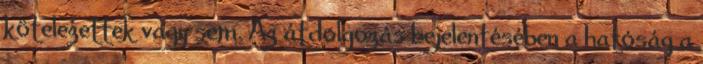
kötelezettek vagy sem. Az átdolgozás bejelentésében a hatóság a